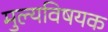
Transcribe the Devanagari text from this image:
मुल्यविषयक